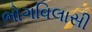
ભોગવિલાસી